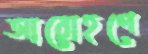
আরোহণে